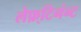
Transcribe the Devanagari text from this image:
लेफ़्टिनंन्ट